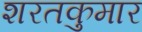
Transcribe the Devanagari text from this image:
शरतकुमार